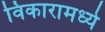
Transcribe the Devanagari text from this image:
विकारामध्ये